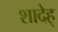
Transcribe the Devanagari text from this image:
शादेह्